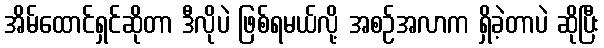
အိမ်ထောင်ရှင်ဆိုတာ ဒီလိုပဲ ဖြစ်ရမယ်လို့ အစဉ်အလာက ရှိခဲ့တာပဲ ဆိုပြီး